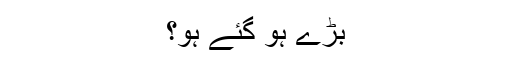
بڑے ہو گئے ہو؟